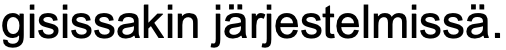
gisissakin järjestelmissä.